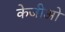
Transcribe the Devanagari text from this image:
केजीओ